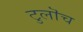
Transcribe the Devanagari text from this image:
टुलॊच